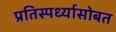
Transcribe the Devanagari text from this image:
प्रतिस्पर्ध्यासोबत